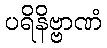
ပရိနိဗ္ဗာဏံ